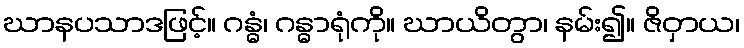
ဃာနပသာဒဖြင့်။ ဂန္ဓံ၊ ဂန္ဓာရုံကို။ ဃာယိတွာ၊ နမ်း၍။ ဇိဝှာယ၊